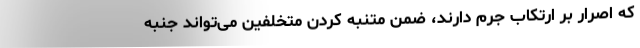
که اصرار بر ارتکاب جرم دارند، ضمن متنبه کردن متخلفین می‌تواند جنبه